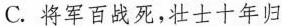
C.将军百战死，壮士十年归